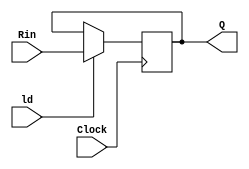
module regn(Rin, ld, Clock, Q);
	parameter n = 16;
	input [n-1:0] Rin;
	input ld, Clock;
	output [n-1:0] Q;
	reg [n-1:0] Q;
	always @(posedge Clock)
		if (ld)
			Q <= Rin;
endmodule